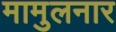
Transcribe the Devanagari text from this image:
मामुलनार